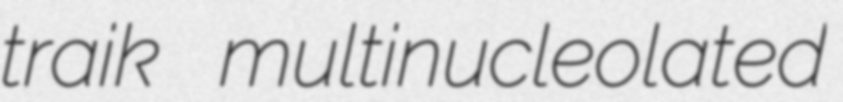
traik multinucleolated